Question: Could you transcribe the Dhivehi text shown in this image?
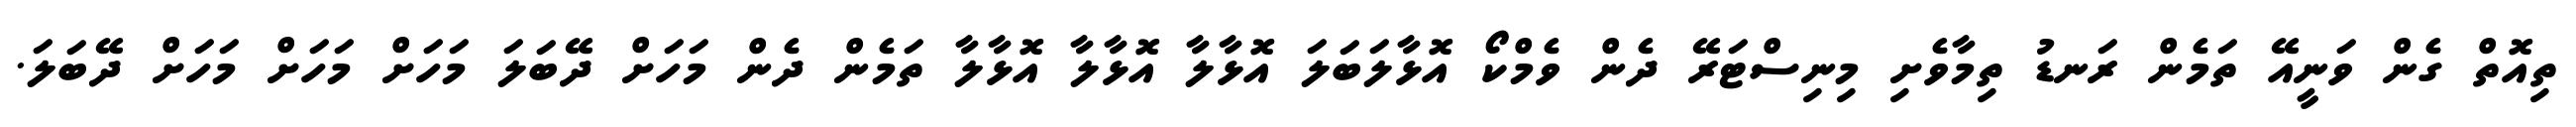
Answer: ތިއޮތް ގެން ވަނީއޭ ތަމެން ރަނޑު ތިމާވެށި މިނިސްޓަރޭ ދެން ވެމްކޯ އޮޅާލަބަލަ އޮޅާލާ އޮޅާލާ އޮޅާލާ ތަމެން ދެން މަހަށް ދޭބަލަ މަހަށް މަހަށް މަހަށް ދޭބަލަ.